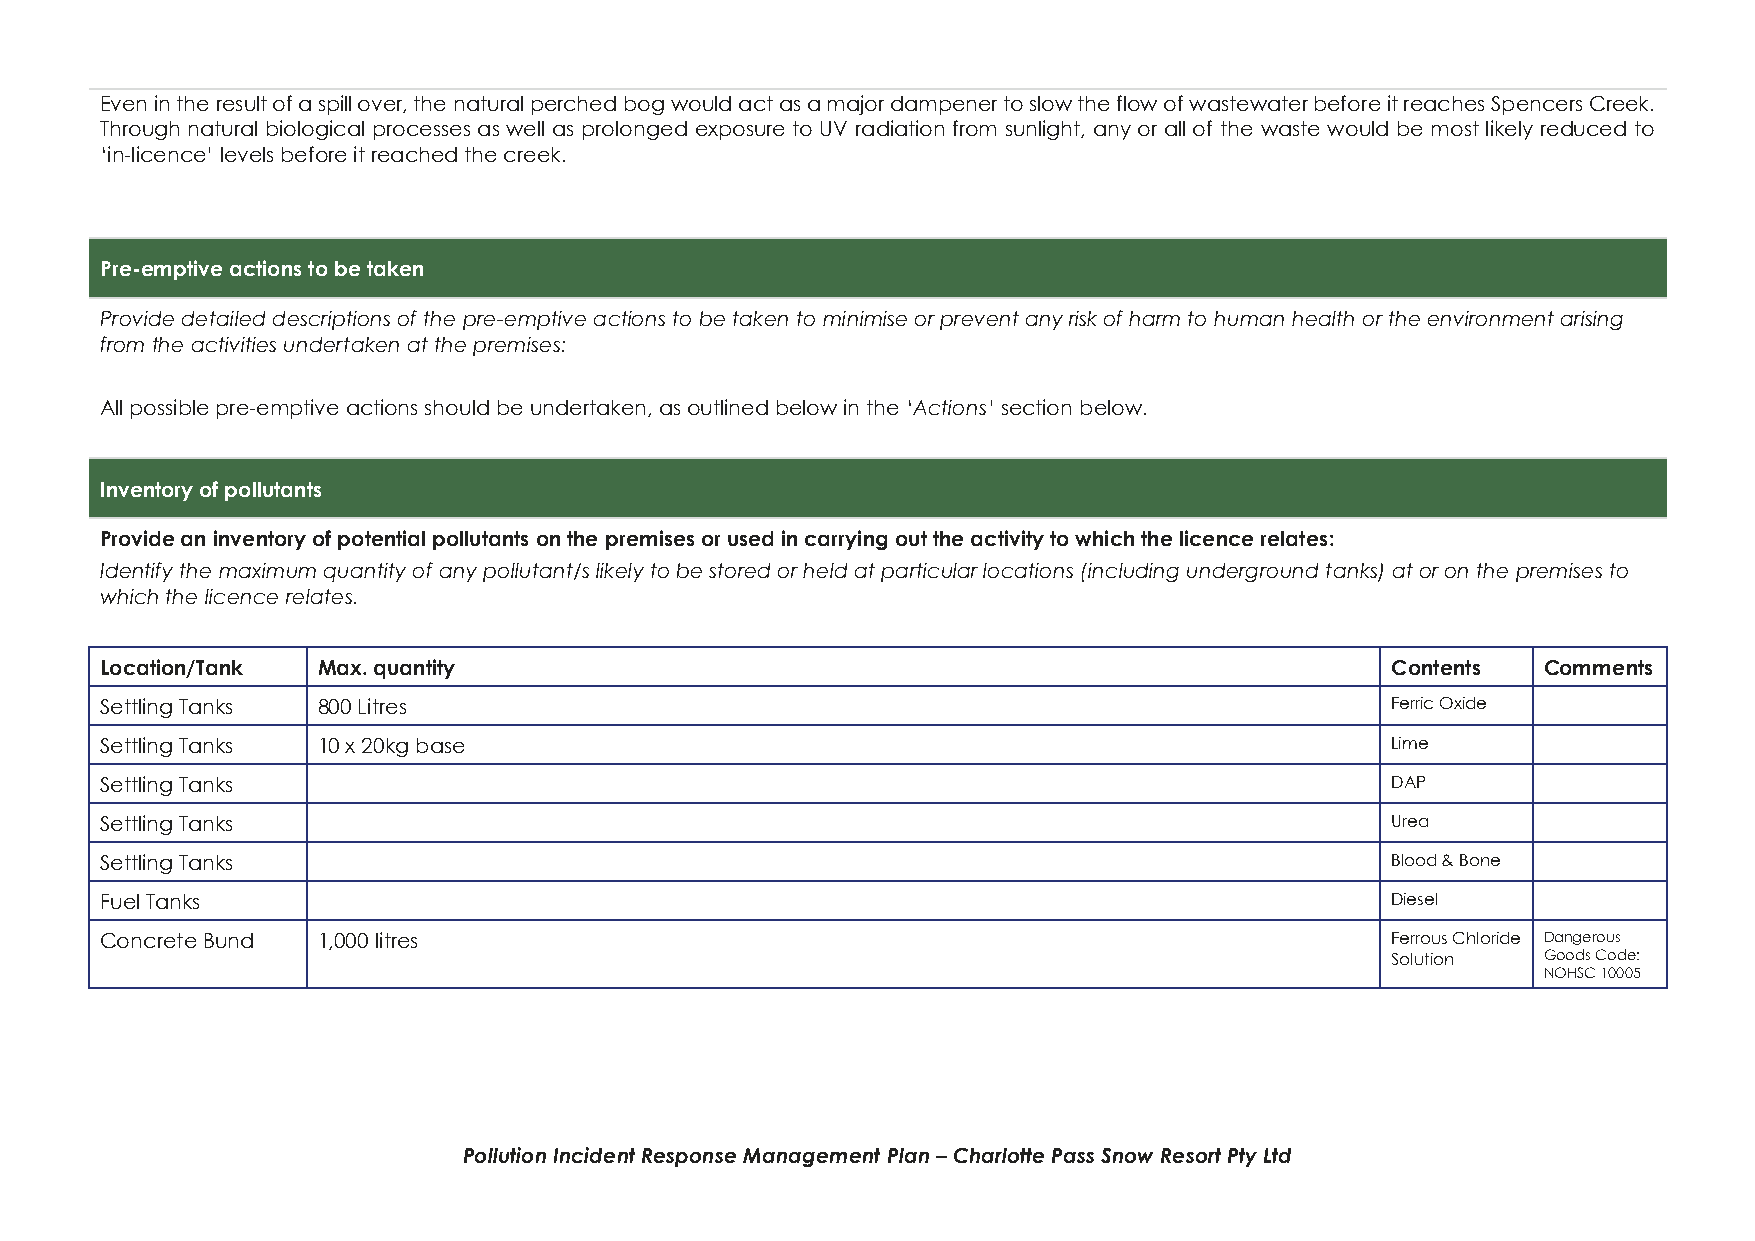
Even in the result of a spill over, the natural perched bog would act as a major dampener to slow the flow of wastewater before it reaches Spencers Creek.
 Through natural biological processes as well as prolonged exposure to UV radiation from sunlight, any or all of the waste would be most likely reduced to
 ‘in-licence’ levels before it reached the creek.
 Pre-emptive actions to be taken
 Provide detailed descriptions of the pre-emptive actions to be taken to minimise or prevent any risk of harm to human health or the environment arising
 from the activities undertaken at the premises:
 All possible pre-emptive actions should be undertaken, as outlined below in the ‘Actions’ section below.
 Inventory of pollutants
 Provide an inventory of potential pollutants on the premises or used in carrying out the activity to which the licence relates:
 Identify the maximum quantity of any pollutant/s likely to be stored or held at particular locations (including underground tanks) at or on the premises to
 which the licence relates.
 Location/Tank Max. quantity                                                          Contents  Comments
 Settling Tanks 800 Litres                                                            Ferric Oxide
 Settling Tanks 10 x 20kg base                                                        Lime
 Settling Tanks                                                                       DAP
 Settling Tanks                                                                       Urea
 Settling Tanks                                                                       Blood & Bone
 Fuel Tanks                                                                           Diesel
 Concrete Bund 1,000 litres                                                           Ferrous Chloride Dangerous
 Solution  Goods Code:
 NOHSC 10005
 Pollution Incident Response Management Plan – Charlotte Pass Snow Resort Pty Ltd